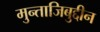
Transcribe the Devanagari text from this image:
मुन्ताजिबुद्दीन